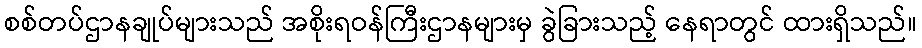
စစ်တပ်ဌာနချုပ်များသည် အစိုးရဝန်ကြီးဌာနများမှ ခွဲခြားသည့် နေရာတွင် ထားရှိသည်။